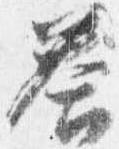
答